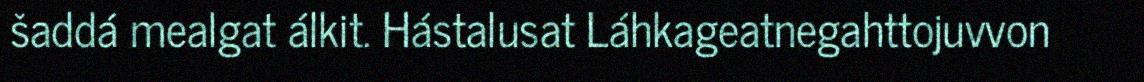
šaddá mealgat álkit. Hástalusat Láhkageatnegahttojuvvon